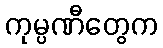
ကုမ္ပဏီတွေက